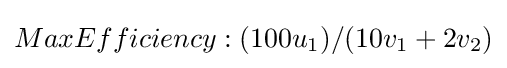
MaxEfficiency:(100u_{1})/(10v_{1}+2v_{2})